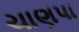
ચાણપા